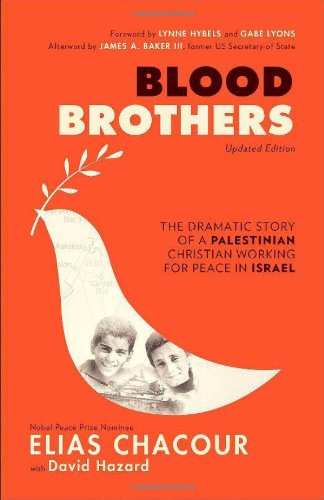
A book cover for Blood Brothers: The Dramatic Story of a Palestinian Christian Working for Peace in Israel; Elias Chacour; Biographies & Memoirs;